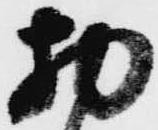
物